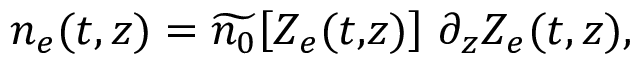
n _ { e } ( t , z ) = \widetilde { n _ { 0 } } \! \left[ Z _ { e } ( t , \! z ) \right] \, \partial _ { z } Z _ { e } ( t , z ) ,